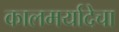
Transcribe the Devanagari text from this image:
कालमर्यादेचा